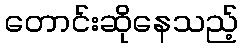
တောင်းဆိုနေသည့်